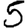
Digit: 5